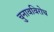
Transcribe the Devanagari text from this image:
चुनावविरोध